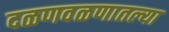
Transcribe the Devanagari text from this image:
दळणवळणातल्या